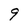
Character: 9